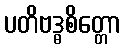
ပတိဗဒ္ဓစိတ္တော